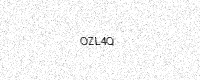
Text: OZL4Q